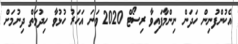
އެކުންފުނިން ހަދަން ނިންމާފައިވާ ރިސޯޓް 2020 ވަނަ އަހަރު ހުޅުވާ ހިދުމަތް ދިނުމަށް